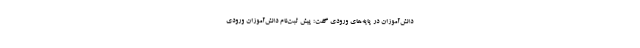
دانش‌آموزان در پایه‌های ورودی گفت: پیش‌ ثبت‌نام دانش‌آموزان ورودی